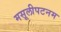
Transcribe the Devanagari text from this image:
मसूलीपटनम